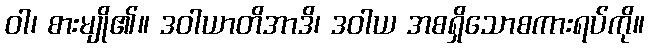
ဝါ၊ စားမျို၏။ ဒဝါယာတိအာဒိ၊ ဒဝါယ အစရှိသောစကားရပ်ကို။